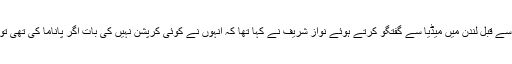
پاکستان کے لیے روانہ ہونے سے قبل لندن میں میڈیا سے گفتگو کرتے ہوئے نواز شریف نے کہا تھا کہ انہوں نے کوئی کرپشن نہیں کی بات اگر پاناما کی تھی تو انہیں اقامہ پر کیوں نکالا گیا۔